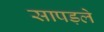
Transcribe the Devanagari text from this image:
सापड़ले